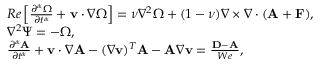
\begin{array} { r l } & { R e \left[ \frac { \partial ^ { \alpha } \Omega } { \partial t ^ { \alpha } } + { \bf v } \cdot \nabla \Omega \right] = \nu \nabla ^ { 2 } \Omega + ( 1 - \nu ) \nabla \times \nabla \cdot ( { \bf A } + { \bf F } ) , } \\ & { \nabla ^ { 2 } \Psi = - \Omega , } \\ & { \frac { \partial ^ { \alpha } { \bf A } } { \partial t ^ { \alpha } } + { \bf v } \cdot \nabla { \bf A } - ( \nabla { \bf v } ) ^ { T } { \bf A } - { \bf A } \nabla { \bf v } = \frac { { \bf D } - { \bf A } } { W e } , } \end{array}